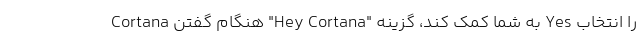
Cortana هنگام گفتن "Hey Cortana" به شما کمک کند، گزینه Yes را انتخاب